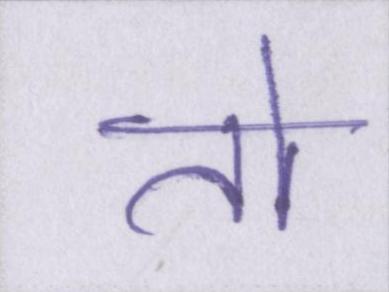
तो